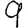
Digit: 9